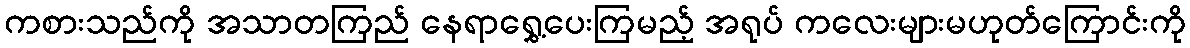
ကစားသည်ကို အသာတကြည် နေရာရွှေ့ပေးကြမည့် အရုပ် ကလေးများမဟုတ်ကြောင်းကို